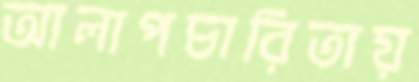
আলাপচারিতায়